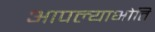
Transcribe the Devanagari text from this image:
आपल्याभोति